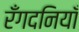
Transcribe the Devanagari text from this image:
रँगदनियाँ